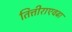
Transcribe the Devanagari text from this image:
तित्तीराएवढा